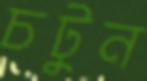
চটুন